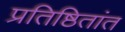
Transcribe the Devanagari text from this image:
प्रतिष्ठितांत